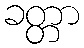
ခတ္တာ